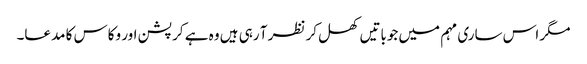
مگر اس ساری مہم میں جوباتیں کھل کر نظر آ رہی ہیں وہ ہے کرپشن اور وکاس کا مدعا۔